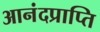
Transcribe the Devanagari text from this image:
आनंदप्राप्ति